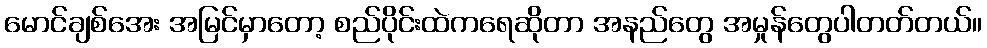
မောင်ချစ်အေး အမြင်မှာတော့ စည်ပိုင်းထဲကရေဆိုတာ အနည်တွေ အမှုန်တွေပါတတ်တယ်။